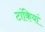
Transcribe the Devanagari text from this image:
टांकियां